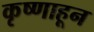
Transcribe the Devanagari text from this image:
कृष्णाहून